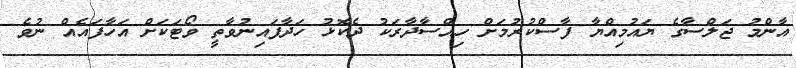
އާންމު ޖަލްސާގެ ޔައުމިއްޔާ ފާސްކުރުމަށް ހިއްސާދާރަކު ދެކޮޅު ހަދާފައިނުވާތީ ވޯޓަކަށް އަހާފައެއް ނުވެ